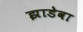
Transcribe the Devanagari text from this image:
झाडेवा